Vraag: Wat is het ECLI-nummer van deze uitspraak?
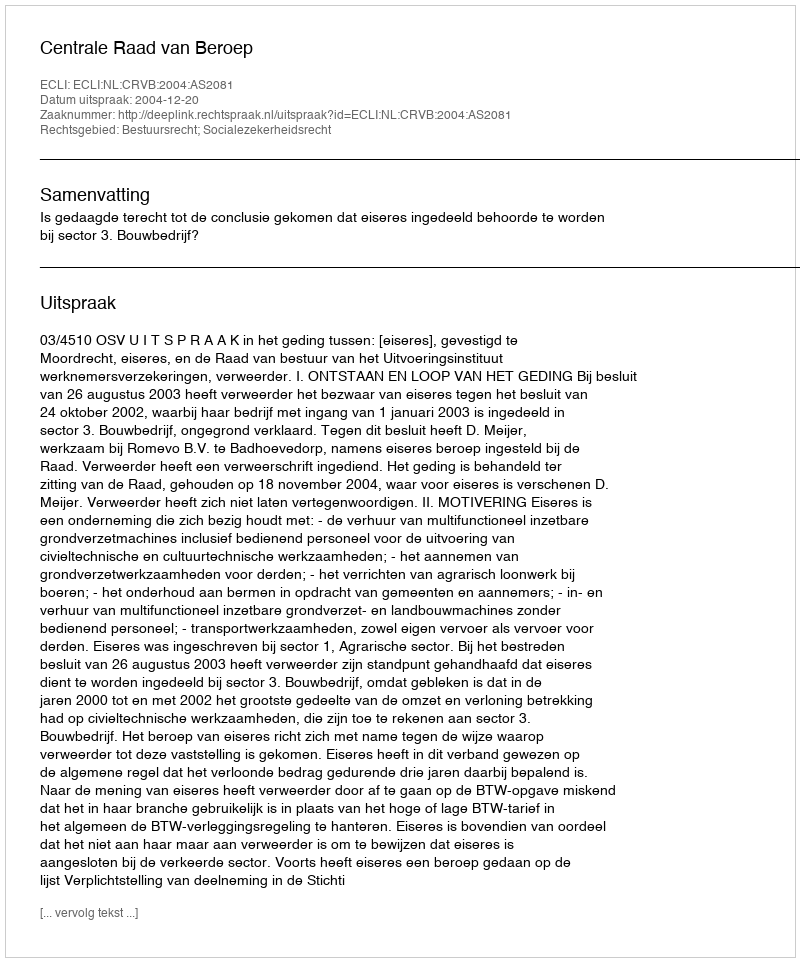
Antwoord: ECLI:NL:CRVB:2004:AS2081